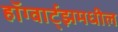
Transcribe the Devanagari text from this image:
हॉग्वार्ट्झमधील